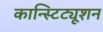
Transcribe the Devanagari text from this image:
कान्स्टिट्यूशन